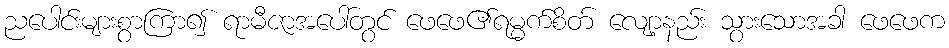
ညပေါင်းများစွာကြာ၍ ရာမီဇာအပေါ်တွင် ဖေဖေ၏ရမ္မက်စိတ် လျော့နည်း သွားသောအခါ ဖေဖေက